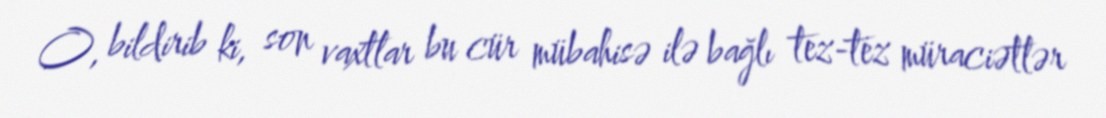
O, bildirib ki, son vaxtlar bu cür mübahisə ilə bağlı tez-tez müraciətlər